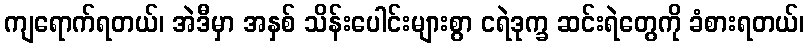
ကျရောက်ရတယ်၊ အဲဒီမှာ အနှစ် သိန်းပေါင်းများစွာ ငရဲဒုက္ခ ဆင်းရဲတွေကို ခံစားရတယ်၊